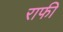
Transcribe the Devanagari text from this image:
राफी